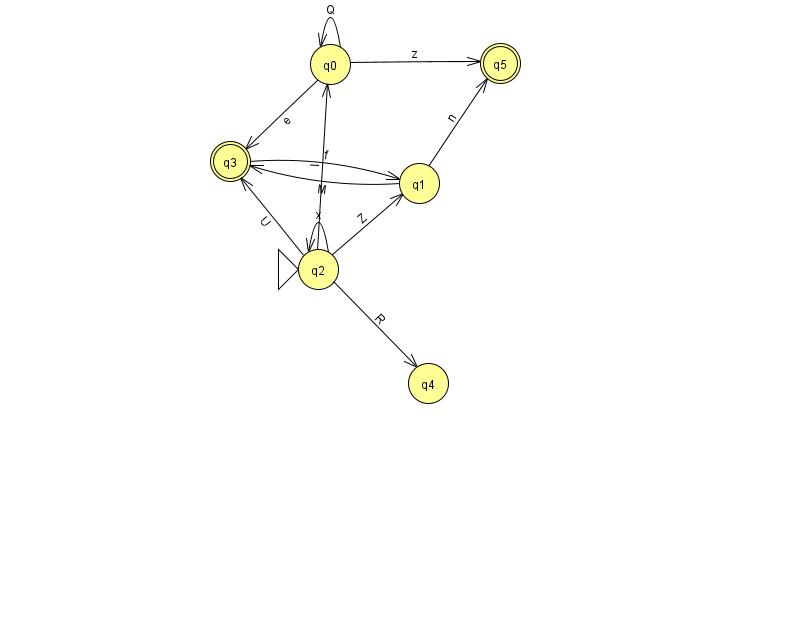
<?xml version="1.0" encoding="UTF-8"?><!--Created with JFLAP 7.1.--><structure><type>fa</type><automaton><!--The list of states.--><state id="0" name="q0"><x>330.0</x><y>51.0</y></state><state id="1" name="q1"><x>419.0</x><y>170.0</y></state><state id="2" name="q2"><x>318.0</x><y>256.0</y><initial/></state><state id="3" name="q3"><x>230.0</x><y>148.0</y><final/></state><state id="4" name="q4"><x>428.0</x><y>370.0</y></state><state id="5" name="q5"><x>500.0</x><y>50.0</y><final/></state><!--The list of transitions.--><transition><from>0</from><to>0</to><read>Q</read></transition><transition><from>2</from><to>0</to><read>l</read></transition><transition><from>2</from><to>4</to><read>R</read></transition><transition><from>1</from><to>5</to><read>n</read></transition><transition><from>3</from><to>1</to><read>f</read></transition><transition><from>0</from><to>3</to><read>e</read></transition><transition><from>0</from><to>5</to><read>z</read></transition><transition><from>2</from><to>1</to><read>Z</read></transition><transition><from>2</from><to>2</to><read>x</read></transition><transition><from>2</from><to>3</to><read>U</read></transition><transition><from>1</from><to>3</to><read>M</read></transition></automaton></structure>